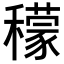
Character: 𥣛